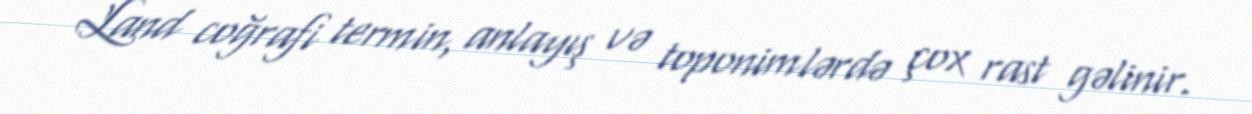
Land coğrafi termin, anlayış və toponimlərdə çox rast gəlinir.